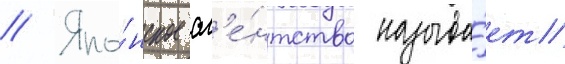
// Япо́нское аг'е́нтство называ́ет